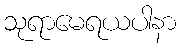
သုရာမေရယပါနာ